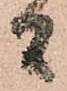
間